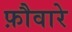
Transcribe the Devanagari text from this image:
फ़ौवारे